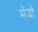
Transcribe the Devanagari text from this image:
मेंज़ो